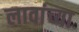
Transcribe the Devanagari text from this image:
लावांच्या